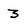
Character: 3